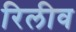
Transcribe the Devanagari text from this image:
रिलीव